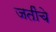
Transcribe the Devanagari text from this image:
जतींचे